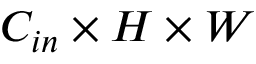
C _ { i n } \times H \times W